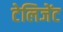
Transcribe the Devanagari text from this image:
टेलिजेंट